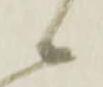
候